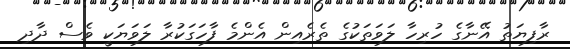
ރާފިޔަތު އޭނާގެ ހުރިހާ ލަވަތަކުގެ ތެރެއިން އެންމެ ފާހަގަކުރާ ލަވަޔަކީ ވެސް ދާދި